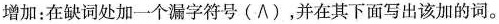
增加: 在缺词处加一个漏字符号 (\wedge ) ,并在其下面写出该加的词。